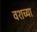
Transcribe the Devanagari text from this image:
वशच्या